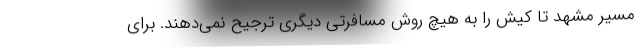
مسیر مشهد تا کیش را به هیچ روش مسافرتی دیگری ترجیح نمی‌دهند. برای